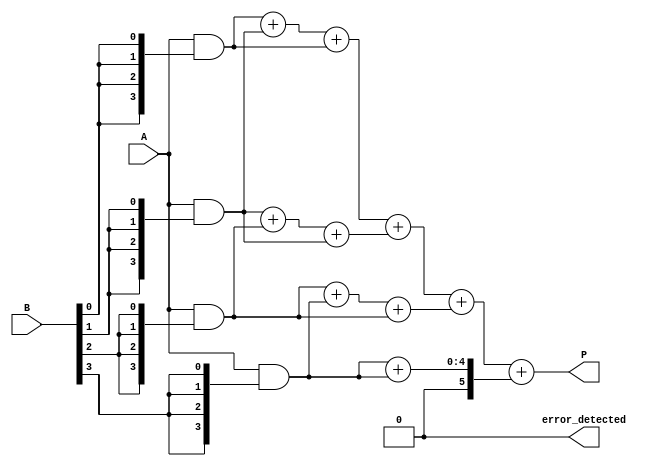
module FaultTolerantWallaceTreeMultiplier #(parameter N = 4) (
    input [N-1:0] A, // Multiplicand
    input [N-1:0] B, // Multiplier
    output reg [2*N-1:0] P, // Product
    output reg error_detected // Error detection flag
);

    // Generate partial products with redundancy
    wire [N-1:0] pp [0:N-1]; // Partial products
    wire [N-1:0] pp_red [0:N-1]; // Redundant partial products

    genvar i, j;
    generate
        for (i = 0; i < N; i = i + 1) begin : partial_product_gen
            assign pp[i] = A & {N{B[i]}}; // Generate partial products
            assign pp_red[i] = A & {N{B[i]}}; // Redundant partial products (for simplicity)
        end
    endgenerate

    // Wallace tree reduction
    wire [N+1:0] sum [0:N-1]; // Sums for Wallace tree
    wire [N-1:0] carry [0:N-1]; // Carries for Wallace tree

    // Initial stage of reduction
    generate
        for (i = 0; i < N; i = i + 1) begin : reduction_stage
            if (i < N-1) begin
                assign {carry[i], sum[i]} = pp[i] + pp[i+1] + pp_red[i]; // Sum three partial products
            end else begin
                assign {carry[i], sum[i]} = pp[i] + pp_red[i]; // Last stage
            end
        end
    endgenerate

    // Final addition stage
    wire [2*N-1:0] final_sum;
    wire [2*N-1:0] final_carry;

    assign {final_carry, final_sum} = {1'b0, sum[0]} + {1'b0, sum[1]} + {1'b0, sum[2]} + {1'b0, sum[3]};

    // Output product
    always @(*) begin
        P = final_sum;
        error_detected = 1'b0; // Placeholder for error detection logic
        // Implement error detection logic here (e.g., parity check, ECC)
    end

endmodule